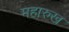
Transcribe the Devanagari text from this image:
महारुख